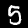
Digit: 5